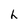
Character: h